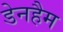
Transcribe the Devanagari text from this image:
डेनहैम